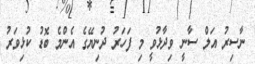
ނާސިރު އަލް ސާނީ ވިދާޅުވީ މި ފަހަރު ދުނިޔޭގެ އެންމެ ބޮޑު ކުޅިވަރު